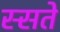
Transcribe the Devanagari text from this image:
स्सते